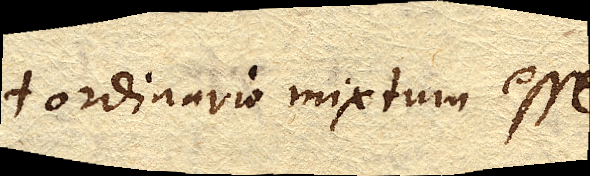
ordinario mixtum esse.